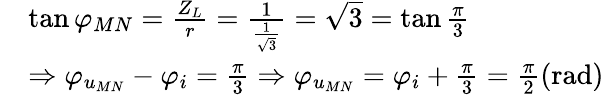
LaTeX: \begin{array}{rl}&{\tan\varphi_{MN}=\frac{Z_{L}}{r}=\frac{1}{\frac{1}{\sqrt{3}}}=\sqrt{3}=\tan\frac{\pi}{3}}\\ &{\Rightarrow\varphi_{u_{MN}}-\varphi_{i}=\frac{\pi}{3}\Rightarrow\varphi_{u_{MN}}=\varphi_{i}+\frac{\pi}{3}=\frac{\pi}{2}(\mathrm{rad})}\end{array}